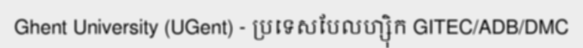
Ghent University (UGent) - ប្រទេសបែលហ្ស៊ិក GITEC/ADB/DMC